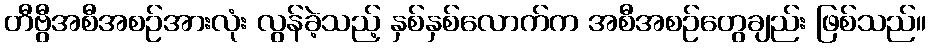
တီဗွီအစီအစဉ်အားလုံး လွန်ခဲ့သည့် နှစ်နှစ်လောက်က အစီအစဉ်တွေချည်း ဖြစ်သည်။